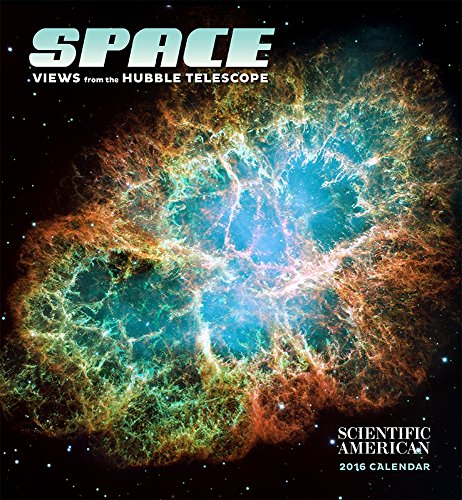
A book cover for Space Views from the Hubble Telescope 2016 Calendar; Calendars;